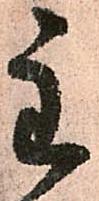
主